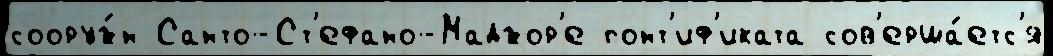
сооруж́н Санто-Ст'ефано-Маджор'е понт'иф'иката сов'ерша́етс'я